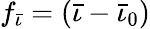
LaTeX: f_{\bar{\iota}}=(\bar{\iota}-\bar{\iota}_{0})